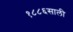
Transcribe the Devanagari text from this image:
१८८६साली